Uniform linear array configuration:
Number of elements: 16
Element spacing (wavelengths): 0.75
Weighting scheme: exponential
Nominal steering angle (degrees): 15
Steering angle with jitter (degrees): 13.984
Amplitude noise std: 0.05
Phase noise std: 0.05

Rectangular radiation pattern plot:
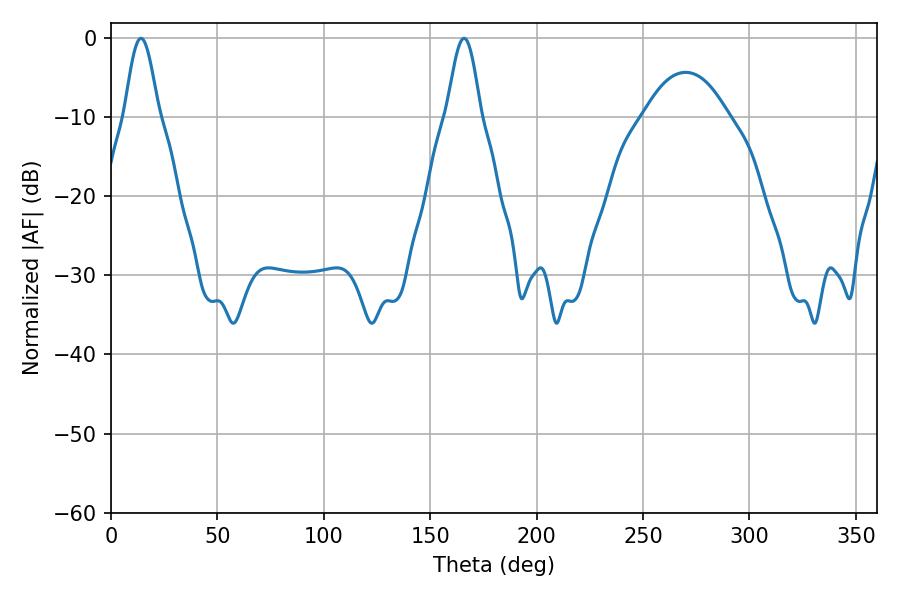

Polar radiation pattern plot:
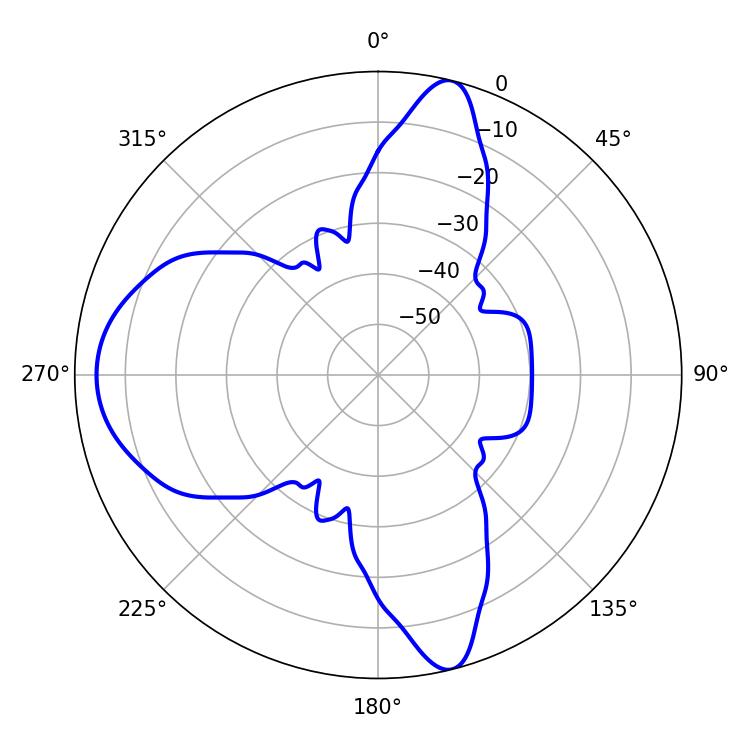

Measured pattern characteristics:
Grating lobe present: TRUE
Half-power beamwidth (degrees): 8.46
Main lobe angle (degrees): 14.04